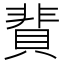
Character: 䩀